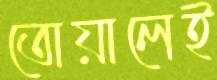
তোয়ালেই